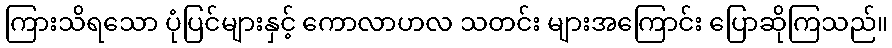
ကြားသိရသော ပုံပြင်များနှင့် ကောလာဟလ သတင်း များအကြောင်း ပြောဆိုကြသည်။